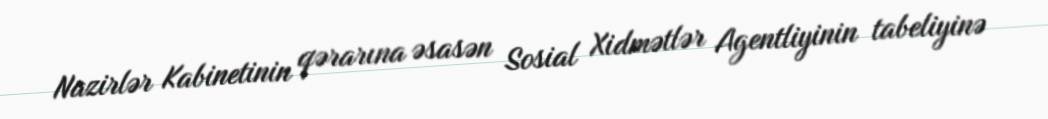
Nazirlər Kabinetinin qərarına əsasən Sosial Xidmətlər Agentliyinin tabeliyinə